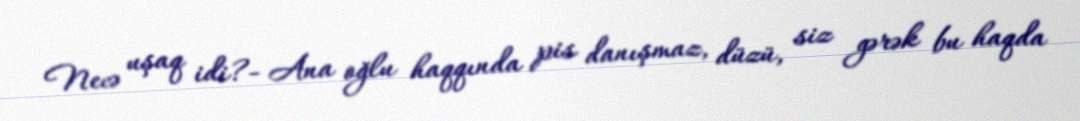
Necə uşaq idi?- Ana oğlu haqqında pis danışmaz, düzü, siz gərək bu haqda